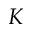
K